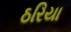
ઠરિયા